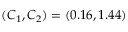
( C _ { 1 } , C _ { 2 } ) = ( 0 . 1 6 , 1 . 4 4 )